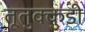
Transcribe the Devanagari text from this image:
तूतुक्कुडी